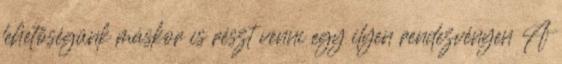
lehetőségünk máskor is részt venni egy ilyen rendezvényen A